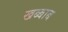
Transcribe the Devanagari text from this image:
खब्बाब